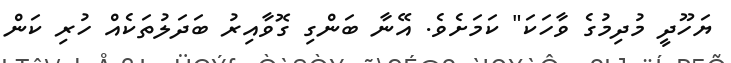
ޔަހޫދީ މުދިމުގެ ވާހަކަ" ކަމަށެވެ. އޭނާ ބަންގި ގޮވާއިރު ބަދަލުތަކެއް ހުރި ކަން